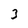
Character: 3